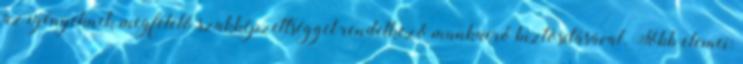
az igényeknek megfelelő szakképzettséggel rendelkező munkaerő biztosításával. Főbb elemei: